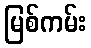
မြစ်ကမ်း